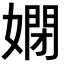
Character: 𡠳